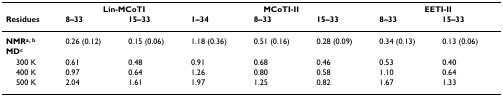
|  | <COLSPAN=2> Lin-MCoTI | <COLSPAN=3> MCoTI-II | <COLSPAN=2> EETI-II |
 | Residues | 8–33 | 15–33 | 1–34 | 8–33 | 15–33 | 8–33 | 15–33 |
 | --- | --- | --- | --- | --- | --- | --- | --- |
 | NMRa, b | 0.26 (0.12) | 0.15 (0.06) | 1.18 (0.36) | 0.51 (0.16) | 0.28 (0.09) | 0.34 (0.13) | 0.13 (0.06) |
 | MDc |  |  |  |  |  |  |  |
 | 300 K | 0.61 | 0.48 | 0.91 | 0.68 | 0.46 | 0.53 | 0.40 |
 | 400 K | 0.97 | 0.64 | 1.26 | 0.80 | 0.58 | 1.10 | 0.64 |
 | 500 K | 2.04 | 1.61 | 1.97 | 1.25 | 0.82 | 1.67 | 1.33 |